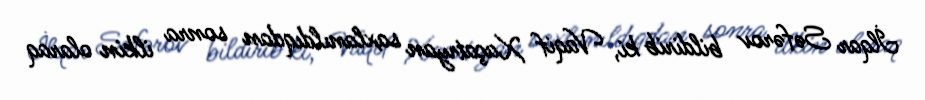
İlqar Səfərov bildirib ki, Vaqif Xaçatryan saxlanıldıqdan sonra ilkin olaraq